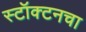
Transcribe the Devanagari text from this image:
स्टॉक्टनचा